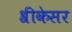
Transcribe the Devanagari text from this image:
श्रीकेसर